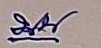
บน